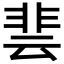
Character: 𮧄